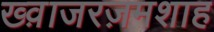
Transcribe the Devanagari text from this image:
ख्व़ाजरज़मशाह